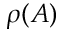
\rho ( A )